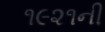
૧૯૨૧ની